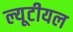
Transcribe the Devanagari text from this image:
ल्यूटीयल